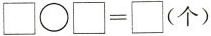
$$\Box \bigcirc \Box = \Box$$（个）